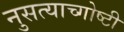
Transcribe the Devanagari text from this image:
नुसत्याच्गोष्टी